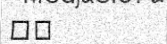
٣٤